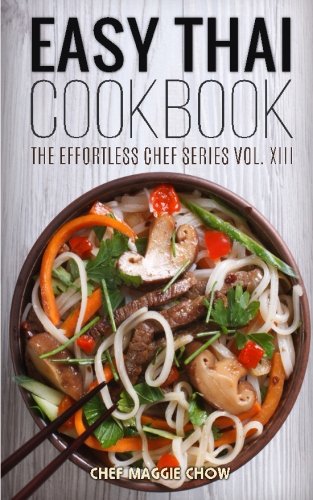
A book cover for Easy Thai Cookbook (The Effortless Chef Series) (Volume 13); Chef Maggie Chow; Cookbooks, Food & Wine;